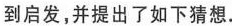
到启发，并提出了如下猜想。